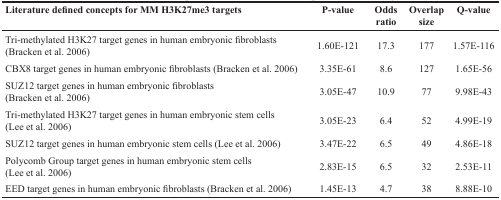
<table><thead><tr><td><b>Literature defined concepts for MM H3K27me3 targets</b></td><td><b>P-value</b></td><td><b>Odds ratio</b></td><td><b>Overlap size</b></td><td><b>Q-value</b></td></tr></thead><tbody><tr><td>Tri-methylated H3K27 target genes in human embryonic fibroblasts (Bracken et al. 2006)</td><td>1.60E-121</td><td>17.3</td><td>177</td><td>1.57E-116</td></tr><tr><td>CBX8 target genes in human embryonic fibroblasts (Bracken et al. 2006)</td><td>3.35E-61</td><td>8.6</td><td>127</td><td>1.65E-56</td></tr><tr><td>SUZ12 target genes in human embryonic fibroblasts (Bracken et al. 2006)</td><td>3.05E-47</td><td>10.9</td><td>77</td><td>9.98E-43</td></tr><tr><td>Tri-methylated H3K27 target genes in human embryonic stem cells (Lee et al. 2006)</td><td>3.05E-23</td><td>6.4</td><td>52</td><td>4.99E-19</td></tr><tr><td>SUZ12 target genes in human embryonic stem cells (Lee et al. 2006)</td><td>3.47E-22</td><td>6.5</td><td>49</td><td>4.86E-18</td></tr><tr><td>Polycomb Group target genes in human embryonic stem cells (Lee et al. 2006)</td><td>2.83E-15</td><td>6.5</td><td>32</td><td>2.53E-11</td></tr><tr><td>EED target genes in human embryonic fibroblasts (Bracken et al. 2006)</td><td>1.45E-13</td><td>4.7</td><td>38</td><td>8.88E-10</td></tr></tbody></table>